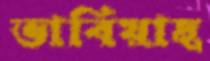
ভাবিয়াছ